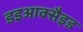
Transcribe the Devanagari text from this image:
डइआक्सैइड